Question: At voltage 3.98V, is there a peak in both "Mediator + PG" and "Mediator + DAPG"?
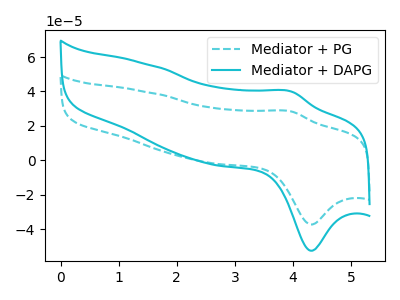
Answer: <think>The cyan dashed curve "Mediator + PG" has an anodic peak at (4.00V, 28.25uA) and a cathodic peak at (4.30V, -37.35uA). The cyan curve "Mediator + DAPG" has an anodic peak at (4.00V, 39.80uA) and a cathodic peak at (4.30V, -52.60uA).</think>
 <answer>Yes, "Mediator + PG" and "Mediator + DAPG" share a peak at 3.98V.</answer>
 <eval>match</eval>